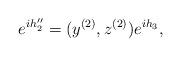
LaTeX: \begin{align*}e^{ih_2''}=(y^{(2)},z^{(2)})e^{ih_3},\end{align*}